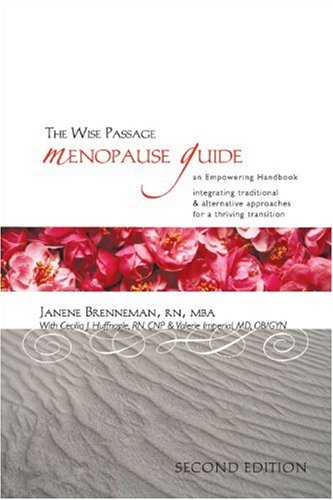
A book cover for The Wise Passage Menopause Guide: An Empowering Handbook Integrating Traditional & Alternative Approaches for a Thriving Transition; Janene Brenneman; Health, Fitness & Dieting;